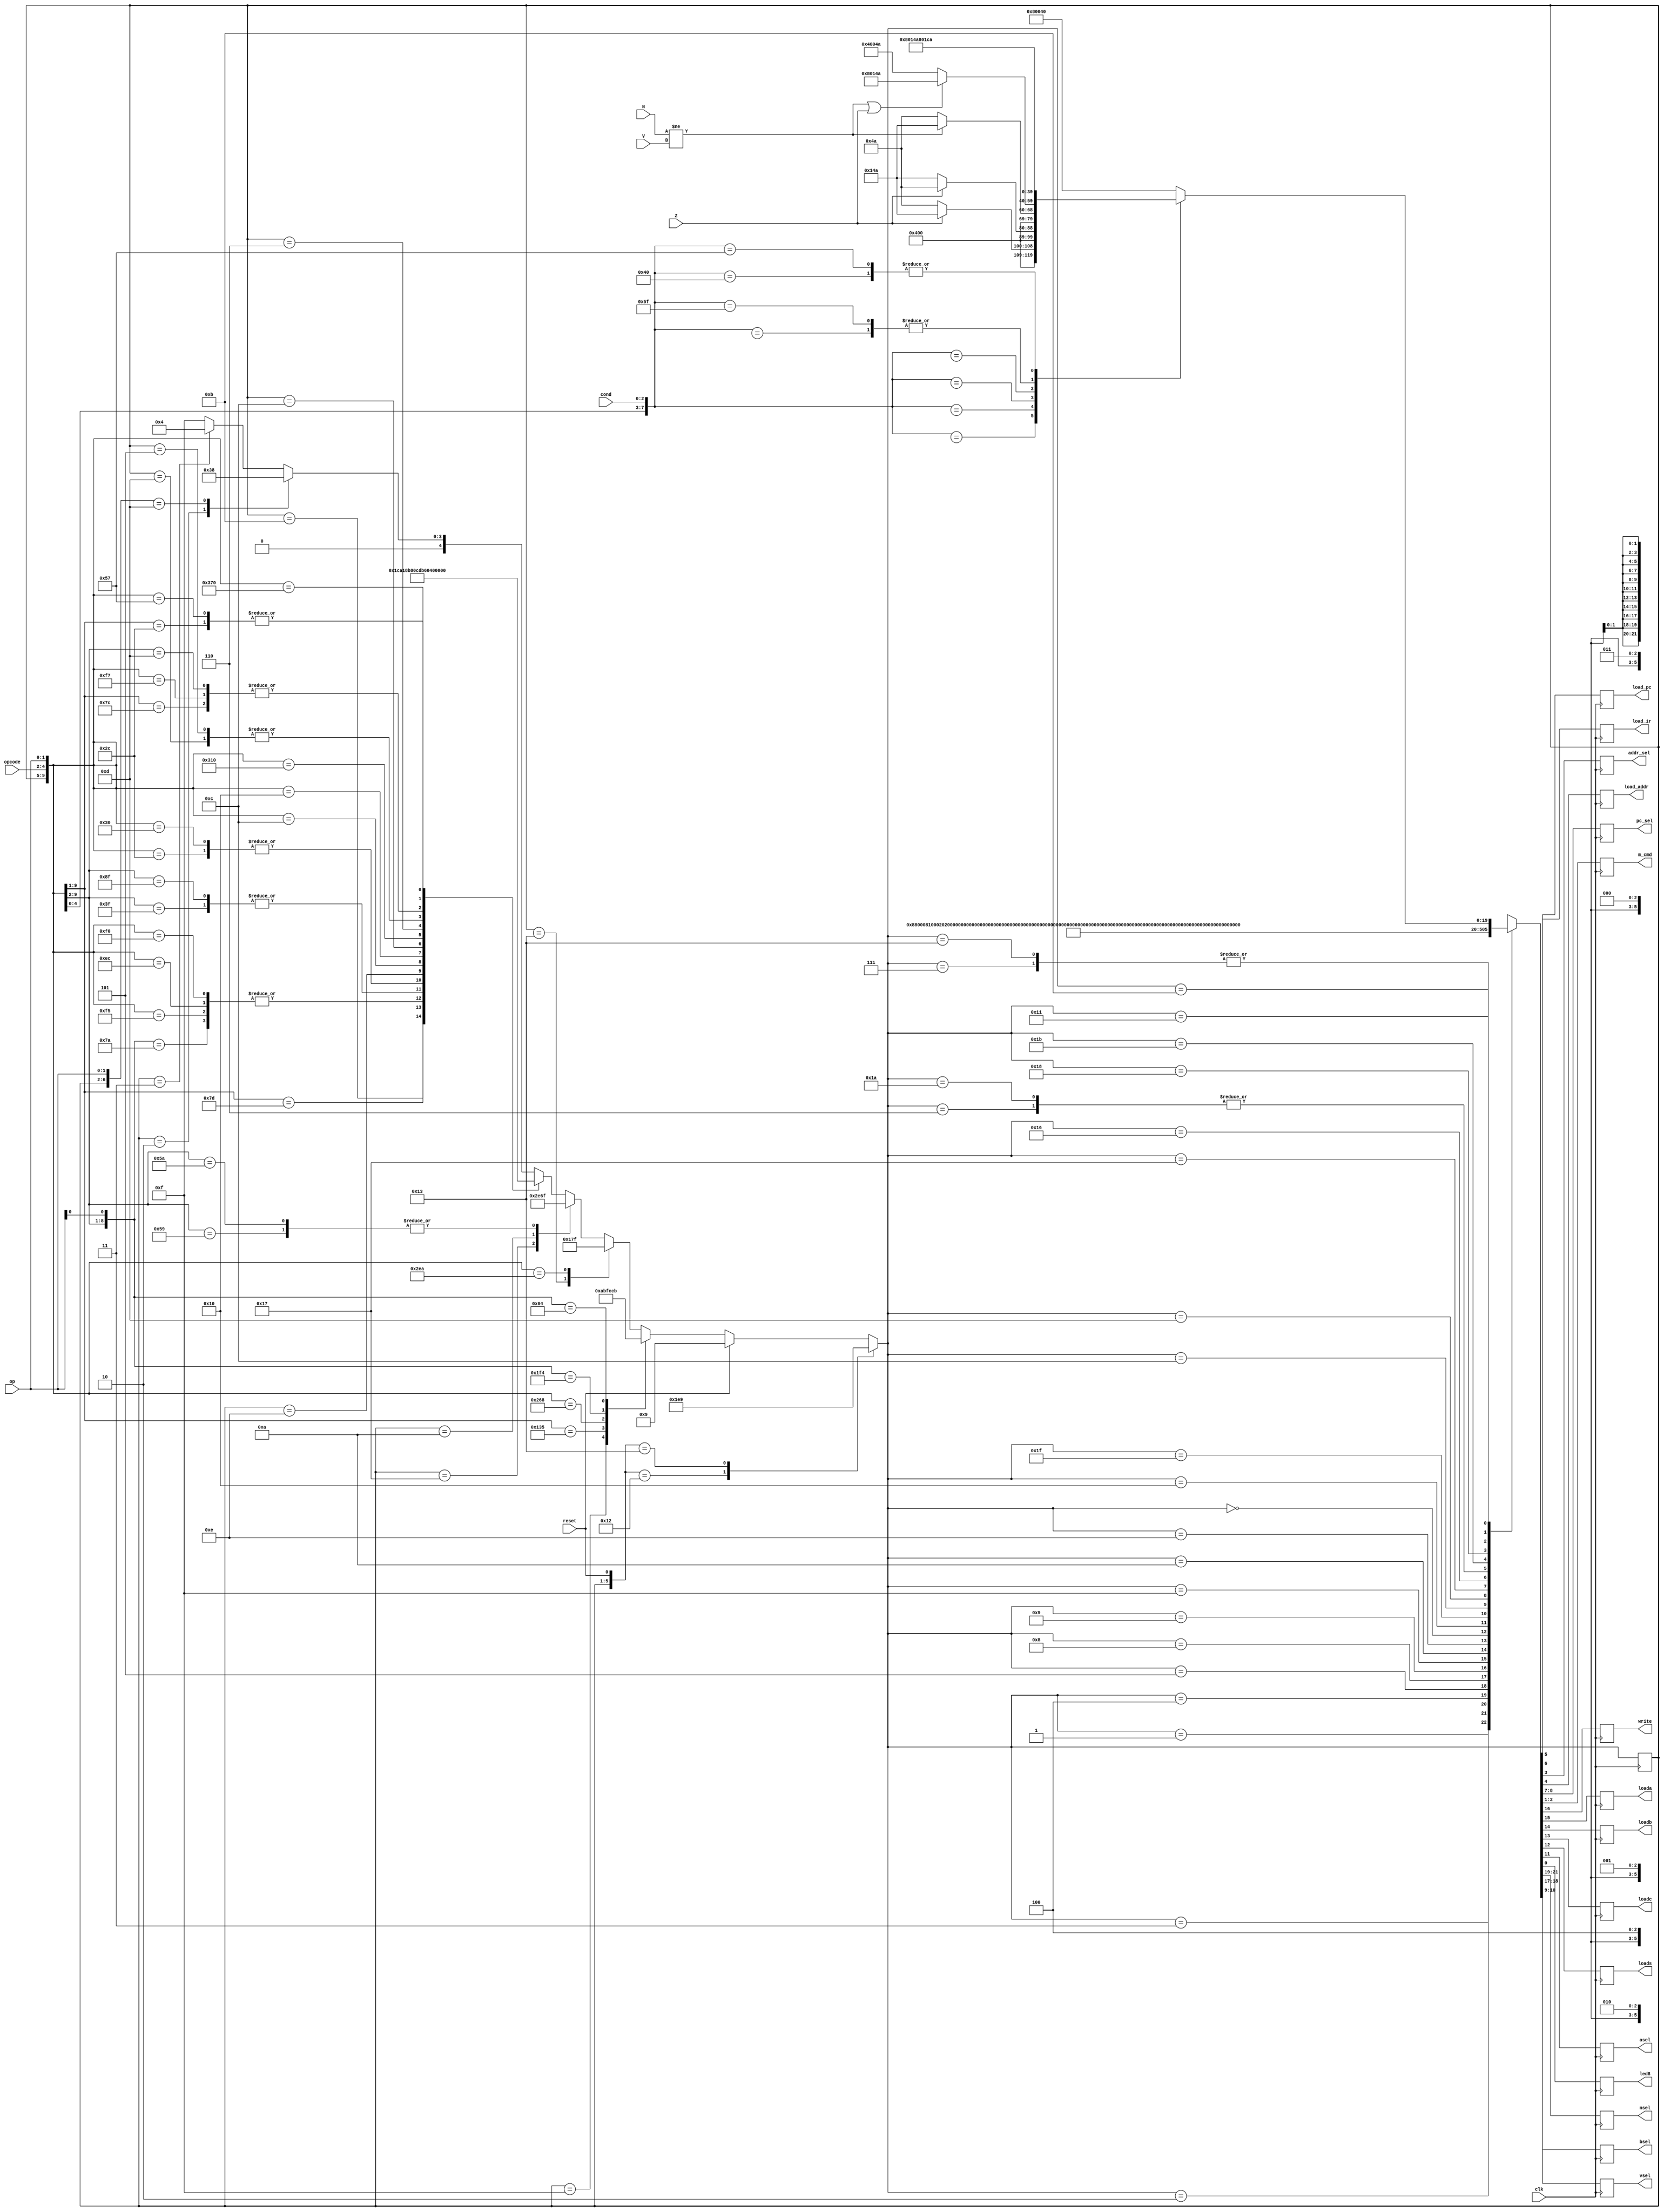
`define SA 5'b00001 //GetA
`define SB 5'b00010 //GetB
`define SC 5'b00011 //LoadC
`define SD 5'b00100 //LoadRd
`define SE 5'b00101 
`define SF 5'b00110
`define SDECODE 5'b00111
`define SG 5'b01000
`define SRESET 5'b01001
`define SIF2 5'b01010
`define SUpdatePC 5'b01011
`define SLDR3 5'b01100
`define SLDR4 5'b01101
`define SLDR1 5'b01110
`define SIF1 5'b01111    //  <-- IF1
`define SLDR2 5'b00000
`define SSTORE3 5'b10000
`define SBLXX 5'b11111
`define SHALT 5'b10001
`define SWHERE 5'b10011
`define SBL 5'b10111
`define SLOADR7 5'b10110
`define SBLX 5'b11010
`define SSTORE 5'b11011
`define SSTORE2 5'b11000

`define R 2'b01
`define W 2'b10

module FSM(clk,reset,cond,N,V,Z,opcode,op,nsel,vsel,write,loada,loadb,loadc,loads,asel,bsel,pc_sel,load_pc,load_ir,load_addr,addr_sel,m_cmd,led8);
				     
input [2:0] opcode,cond;
input [1:0] op;
input clk,reset,N,V,Z;
reg [4:0] presentS,next;
reg [21:0] controls; 
reg [19:0] p;
//New signals for Lab7

output reg load_ir, load_pc, addr_sel, load_addr;
output reg [1:0] pc_sel, m_cmd;   
output reg write,loada,loadb,loadc,loads,asel,led8; //Datapath controls.
output reg [2:0] nsel;  //nsel: Name select, binary select for mux to represents readnum/writenum register
output reg [1:0] vsel,bsel; //2bit datapath controls 



always@(*) begin
if(presentS == `SIF1)
p = 20'h10000;
end

//opcode = 101, ALU,
//opcode = 110, move
//op = 10, alu AND or move version 1.
//op = 00, alu addition or move version 2
//w = 1 if in the resting state
//s = 1 then start an instruction on rising edge of clk
always@(*)begin
casex({presentS,reset,opcode,op})
 {`SRESET,1'b0,5'bxxxxx}: next = `SIF1; //address in PC sent to memory
 {`SRESET,1'b1,5'bxxxxx}: next = `SRESET; //loop back to RESET
{5'bxxxxx,1'b1,5'bxxxxx}: next = `SRESET; //If you are in any state you should go back to reset if reset is hit
  {`SIF1,1'bx,5'bxxxxx}: next = `SIF2; //load the instruction register
{`SWHERE,1'bx,5'b0101x}: next = `SBL; //For instructions BL and BLX, R7 = PC
{`SWHERE,1'bx,5'b010_00} : next = `SBLXX; //Take contents of Rd and load into regB
{`SBLXX,1'bx,5'b010x0} : next = `SF; //Load alu result into Rc (asel = 1)
   {`SF,1'bx,5'b010x0} : next = `SUpdatePC; //			
   {`SWHERE,1'bx,5'bxxxxx}: next = `SUpdatePC; //Update the PC to the next instruction 1
{`SBL,1'bx,5'b01010} : next = `SBLXX; // Start settting output of DP to Rd like BX
{`SBL,1'bx,5'bxxxxx} : next = `SUpdatePC; //update PC to sximm8 + PC +1
{`SIF2,1'bx,5'bxxxxx}: next = `SWHERE; //Update the PC to the next instruction 1
{`SUpdatePC,1'bx,5'b001xx}: next = `SIF1;//address in PC sent to memory
{`SUpdatePC,1'bx,5'b010xx}: next = `SIF1;//send updated address to memory after performing branch instructions
{`SUpdatePC,1'bx,5'bxxxxx}: next = `SDECODE; //If s is one then move from waiting state to decode state
{`SDECODE,1'bx,5'b101x0}: next = `SA; //Take contents of Rn and load into Ra
{`SDECODE,1'bx,5'b10101}: next = `SA; //Take contents of Rn and load into Ra
{`SDECODE,1'bx,5'b1101x}: next = `SE; //Move immediate set nsel to Rn, vsel to sximm8 and write to 1.
{`SDECODE,1'bx,5'b1100x}: next = `SB;//Take contents of Rm and load into Rb
{`SDECODE,1'bx,5'b10111}: next = `SB; //Take contents of Rm and load into Rb
{`SDECODE,1'bx,5'b01100}: next = `SA; //Begin the load instruction
{`SDECODE,1'bx,5'b10000}: next = `SA; //Begin the store instruction
{`SDECODE,1'bx,5'b111xx}: next = `SHALT; //Begin the load instruction
 {`SHALT,1'b1,5'b111xx}: next = `SRESET; //Reset the PC to 0s. 
 {`SHALT,1'bx,5'b111xx}: next = `SHALT; //Loops back to itself until reset is hit. 
     {`SA,1'bx,5'b01100}: next = `SLDR1; //Set bsel to 1 and load sximm5 into the ALU
     {`SA,1'bx,5'b10000}: next = `SLDR1; //Set bsel to 1 and load sximm5 into the ALU
  {`SLDR1,1'bx,5'bxxxxx}: next = `SLDR2; //load the address in to the data address register
  {`SLDR2,1'bx,5'b01100}: next = `SLDR3; //Set the m_cmd to read and connect mem_adr to data address output
  {`SLDR2,1'bx,5'b10000}: next = `SSTORE; // take contents of Rd and load into Ra
  {`SLDR3,1'bx,5'bxxxxx}: next = `SLDR4; //write the input from the memory into Rd
  {`SLDR4,1'bx,5'bxxxxx}: next = `SIF1; //Set addr_sel to 0 so mem_addr is set to contents of Rd
     {`SSTORE2,1'bx,5'b10000}: next = `SSTORE3; //Set addr_sel to 0 so mem_addr is set to contents of Rd
     {`SF,1'bx,5'bxxxxx}: next = `SD; //Take output of Rc and load into Rd
     {`SE,1'bx,5'bxxxxx}: next = `SIF1; //Automatically return to waiting state once done in state E.    
     {`SA,1'bx,5'b101xx}: next = `SB; //Take contents of Rm and load into Rb
{`SSTORE,1'bx,5'b10000}: next = `SSTORE2; //asel = 1, take output of alu (aout = 16'b0) and load into Rc
     {`SB,1'bx,5'b1100x}: next = `SF; //asel = 1, take output of alu (aout = 16'b0) and load into Rc
     {`SB,1'bx,5'b10111}: next = `SF; //asel = 1, take output of alu (aout = 16'b0) and load into Rc
     {`SB,1'bx,5'bxxxxx}: next = `SC; //Default b goes to c. Take output of alu and load into Rc
     {`SC,1'bx,5'bxxx01}: next = `SG; //Same as state D except the status Register is loaded
     {`SC,1'bx,5'bxxxxx}: next = `SD; //Take output of Rc and load into Rd
     {`SG,1'bx,5'bxxxxx}: next = `SIF1; //Return to waiting state automatically from StateG
     {`SD,1'bx,5'bxxxxx}: next = `SIF1; //Return to waiting state automatically from stateD
{`SSTORE3,1'bx,5'b10000}: next = `SIF1; //Set addr_sel to 0 so mem_addr is set to contents of Rd
     		 default: next = `SIF1; //Return to the waiting state upon bad input. 
endcase
case(next)
`SDECODE: controls = {3'b001,2'b0,5'b0,3'b00,6'b0,3'b0}; //If s is one then move from waiting state to decode state
`SA : controls = {3'b001,2'b0,5'b01000,3'b00,6'b0,3'b0}; //Take contents of Rn and load into Ra
`SB : controls = {3'b100,2'b0,5'b00100,3'b00,6'b0,3'b0}; //Take contents of Rm and load into Rb
`SC : controls = {3'b100,2'b0,5'b00010,3'b00,6'b0,3'b0}; //Default b goes to c. Take output of alu and load into Rc
`SD : controls = {3'b010,2'b0,5'b10000,3'b0,6'b0,3'b0}; //Take output of Rc and load into Rd
`SE : controls = {3'b001,2'b10,5'b10000,3'b0,6'b0,3'b0}; //Move immediate set nsel to Rn, vsel to sximm8 and write to 1.
`SF : controls = {3'b100,2'b0,5'b00010,3'b100,6'b0,3'b0}; //asel = 1, take output of alu (aout = 16'b0) and load into Rc    <---
`SG : controls = {3'b100,2'b0,5'b00001,3'b0,6'b0,3'b0}; //Same as state D except the status Register is loaded
`SRESET : controls = {3'b001,2'b0,5'b0,3'b0,2'b01,4'b1000,3'b0}; //load_pc = 1, reset_pc = 1, m_cmd = 0, others are 0 or waitstate values.
`SIF1 : controls = {3'b001,2'b0,5'b0,3'b00,6'b000001,`R,1'b0}; //addr_sel = 1, m_cmd = R and others are 0 or waitstate values. 
`SIF2 : controls = {3'b001,2'b0,5'b0,3'b00,6'b000101,`R,1'b0}; //load_ir = 1, m_cmd = R, addr_sel = 1. others are waitstate values.  
`SLDR1 : controls = {3'b001,2'b0,5'b00010,3'b001,6'b0,3'b0}; //bsel = 1, loadc = 1
`SLDR2 : controls = {3'b001,2'b0,5'b0,3'b0,6'b000010,3'b0}; //load_addr = 1 to output values to the data address register
`SSTORE3 : controls = {3'b001,2'b0,5'b0,3'b0,6'b0,`W,1'b0}; // m_cmd = W, and addr_sel = 0
`SBLXX : controls = {3'b010,2'b0,5'b00100,3'b0,6'b0,3'b0}; //Take contents of RD and load into Rb    <---
`SLDR3 : controls = {3'b001,2'b0,5'b0,3'b0,6'b0,`R,1'b0}; //addr_sel = 0, m_cmd = R
`SLDR4 : controls = {3'b010,2'b11,5'b10000,3'b0,6'b0,3'b010}; //nsel = Rd, vsel = mdata, write = 1, write the input from the memory into Rd
  `SBL : controls = {3'b001,2'b01,5'b10000,3'b0,6'b0,3'b0}; //write is one, vsel = PC, nsel = Rn
 `SLOADR7 : controls = {3'b001,2'b0,5'b10000,3'b0,6'b0,3'b0};  //nsel = Rn, load contents of Rc into Rn,
 `SBLX : controls =  {3'b100,2'b0,5'b00010,3'b100,6'b0,3'b0};  //same as f, sets asel to 1, takes output of alu loads into c
`SSTORE : controls =   {3'b010,2'b0,5'b01000,3'b0,6'b0,3'b0}; //Take contents of RD and load into Ra
`SSTORE2 : controls = {3'b100,2'b0,5'b00010,3'b001,6'b0,3'b0}; //load Rc with bsel = 10
//assign {nsel,vsel,write,loada,loadb,loadc,loads,asel,bsel,pc_sel,load_pc,load_ir,load_addr,addr_sel,m_cmd} = controls;
`SHALT : begin 
	controls = {3'b001,2'b0,5'b0,3'b0,6'b0,2'b0,1'b1}; // Halt state which loops back to itself until reset is hit
	end
`SWHERE : controls = {3'b001,2'b0,5'b0,3'b0,6'b0,3'b0}; // Waiting state to let Instruciton REgister update before updating PC
`SUpdatePC : begin 
	    case({opcode,op,cond})
     //B
     8'b001xx000:  begin controls = {3'b001,2'b0,5'b0,3'b0,2'b10,4'b1001,`R,1'b0}; end //Set load_pc to 1, m_cmd to R, pc_sel = branchjump, addr_sel to 1
     //BEQ
     8'b001xx001:  begin if(Z == 1)
               controls = {3'b001,2'b0,5'b0,3'b0,2'b10,4'b1001,`R,1'b0}; //Set load_pc to 1, m_cmd to R, pc_sel = branchjump, addr_sel to 1
                  else controls = {3'b001,2'b0,5'b0,3'b0,2'b0,4'b1001,`R,1'b0}; //pc_sel = 00, Set load_pc to 1, m_cmd to R, addr_sel to 1
      		end
	 //BNE
     8'b001xx010: begin if(Z == 0)
                controls = {3'b001,2'b0,5'b0,3'b0,2'b10,4'b1001,`R,1'b0}; //Set load_pc to 1, m_cmd to R, pc_sel = branchjump, addr_sel to 1
               else controls = {3'b001,2'b0,5'b0,3'b0,2'b0,4'b1001,`R,1'b0}; //pc_sel = 00, Set load_pc to 1, m_cmd to R, addr_sel to 1
               end
	//BLT
     8'b001xx011: begin if(N != V)
                controls = {3'b001,2'b0,5'b0,3'b0,2'b10,4'b1001,`R,1'b0}; //Set load_pc to 1, m_cmd to R, pc_sel = branchjump, addr_sel to 1
           	else controls = {3'b001,2'b0,5'b0,3'b0,2'b0,4'b1001,`R,1'b0}; //pc_sel = 00, Set load_pc to 1, m_cmd to R, addr_sel to 1
     		end
	//BLE
     8'b001xx100:begin  if((N != V) || (Z == 1))
               		controls = {3'b001,2'b0,5'b0,3'b0,2'b10,4'b1001,`R,1'b0}; //Set load_pc to 1, m_cmd to R, pc_sel = branchjump, addr_sel to 1
               else controls = {3'b001,2'b0,5'b0,2'b00,2'b0,4'b1001,`R,1'b0}; //pc_sel = 00, Set load_pc to 1, m_cmd to R, addr_sel to 1
		end

     8'b010_11_111: begin controls = {3'b001,2'b0,5'b0,3'b0,2'b10,4'b1001,`R,1'b0}; end //Set load_pc to 1, m_cmd to R, pc_sel = branchjump, addr_sel to 1

     8'b010_00_000: begin  controls = {3'b001,2'b0,5'b0,3'b0,2'b11,4'b1001,`R,1'b0};  end//Set load_pc to 1, m_cmd to R, pc_sel = Rd, addr_sel to 1
           
     8'b010_10_111: begin  controls = {3'b001,2'b0,5'b0,3'b0,2'b11,4'b1001,`R,1'b0};  end//Set load_pc to 1, m_cmd to R, pc_sel = Rd, addr_sel to 1

default: begin controls = {3'b001,2'b0,5'b0,3'b0,2'b00,4'b1000,2'b0,1'b0};end //load_PC = 1. others are waitstate values (Normal update pc state conditions) 
    
	endcase	
  	     end //end the case 
default: controls = 22'bxxxxxxxxxxxxxxxxxxxxxx; 
endcase
end

//All the datapath controls are updated continously

//Only update the new state on the rising edgeo of the clock. 
always@(posedge clk) begin
presentS = next; 
{nsel,vsel,write,loada,loadb,loadc,loads,asel,bsel,pc_sel,load_pc,load_ir,load_addr,addr_sel,m_cmd,led8} = controls;
end

endmodule